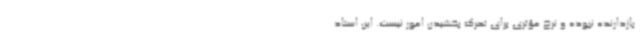
بازدارنده نبوده و نرخ مؤثری برای تحرک بخشیدن امور نیست. این استاد